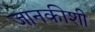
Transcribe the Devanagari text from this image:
जानकीशी